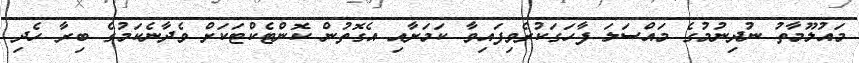
މައުލޫމާތު ނުދިނުމުގެ މައްސަލަ ފާހަގަކުރެވިފައިވާ ކަމަށާއި އެގޮތުން ކޮންޓެކްޓަކަށް ވެދާނެކަމުގެ ބިރާ ހެދި